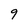
Character: 9